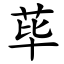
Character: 荜